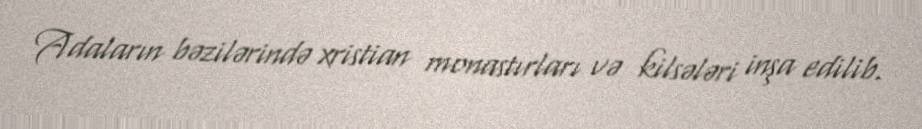
Adaların bəzilərində xristian monastırları və kilsələri inşa edilib.